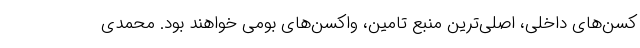
کسن‌های داخلی، اصلی‌ترین منبع تامین، واکسن‌های بومی خواهند بود. محمدی